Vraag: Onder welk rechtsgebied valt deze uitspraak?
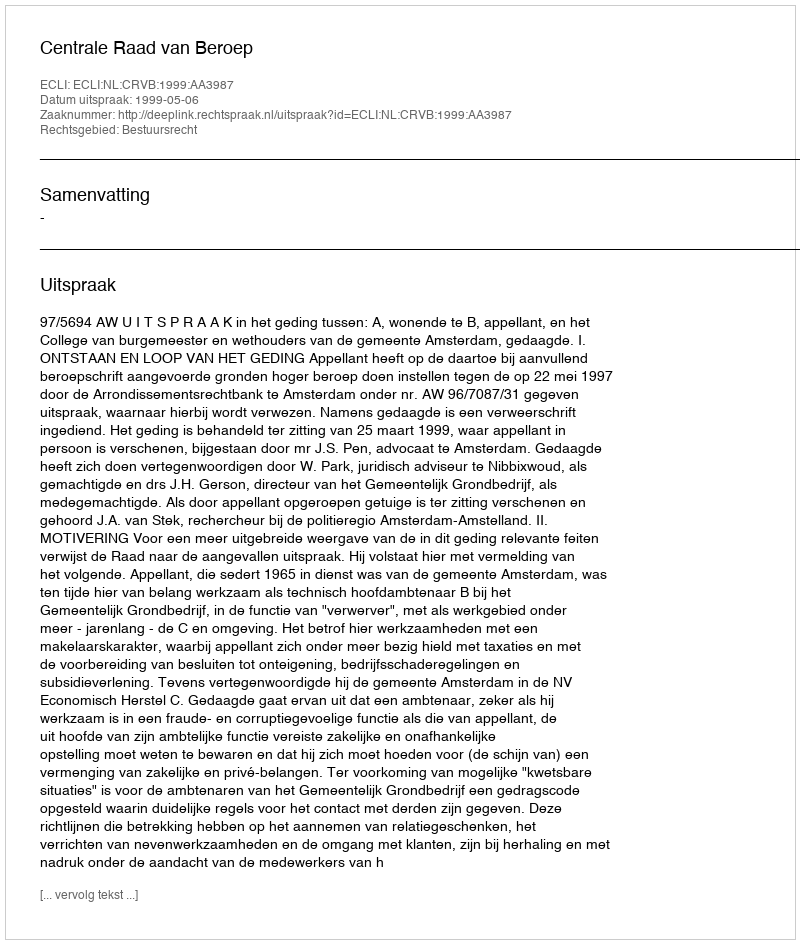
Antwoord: Bestuursrecht